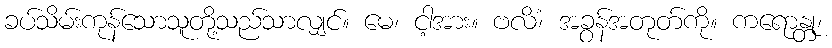
ခပ်သိမ်းကုန်သောသူတို့သည်သာလျှင်။ မေ၊ ငါ့အား။ ဗလိံ၊ အခွန်အတုတ်ကို။ ကရောန္တု၊